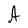
Character: A